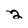
Character: 2